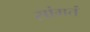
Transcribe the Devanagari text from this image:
सांगतं